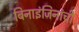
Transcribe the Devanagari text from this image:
बिनाइंजिनांची